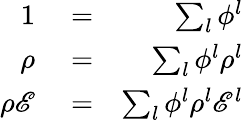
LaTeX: \begin{array}{rlr}{1}&{{}=}&{\sum_{l}\phi^{l}}\\ {\rho}&{{}=}&{\sum_{l}\phi^{l}\rho^{l}}\\ {\rho\mathscr{E}}&{{}=}&{\sum_{l}\phi^{l}\rho^{l}\mathscr{E}^{l}}\end{array}